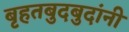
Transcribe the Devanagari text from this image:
बृहतबुदबुदांनी